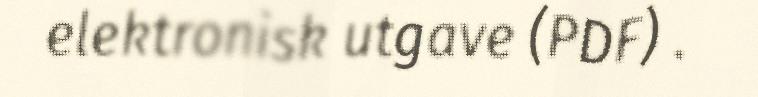
elektronisk utgave (PDF) .